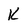
Character: K